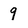
Character: 9